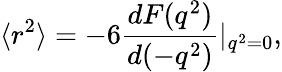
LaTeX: \langle r^{2}\rangle=-6\frac{dF(q^{2})}{d(-q^{2})}|_{q^{2}=0},